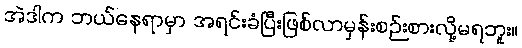
အဲဒါက ဘယ်နေရာမှာ အရင်းခံပြီးဖြစ်လာမှန်းစဉ်းစားလို့မရဘူး။